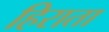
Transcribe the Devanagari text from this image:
हिराता